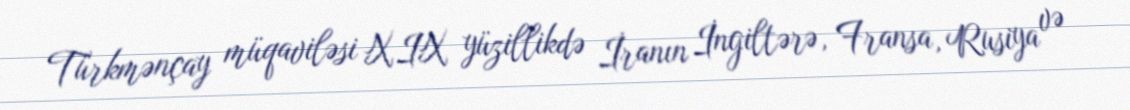
Türkmənçay müqaviləsi XIX yüzillikdə İranın İngiltərə, Fransa, Rusiya və